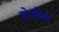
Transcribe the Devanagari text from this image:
दोनपैक